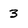
Character: 3